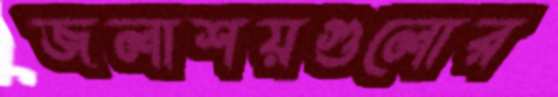
জলাশয়গুলোর